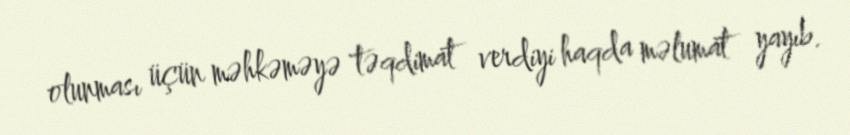
olunması üçün məhkəməyə təqdimat verdiyi haqda məlumat yayıb.